Annual report of the Punjab Veterinary College and of the Civil Veterinary Department, Punjab - 1894-1908
Year: 1894
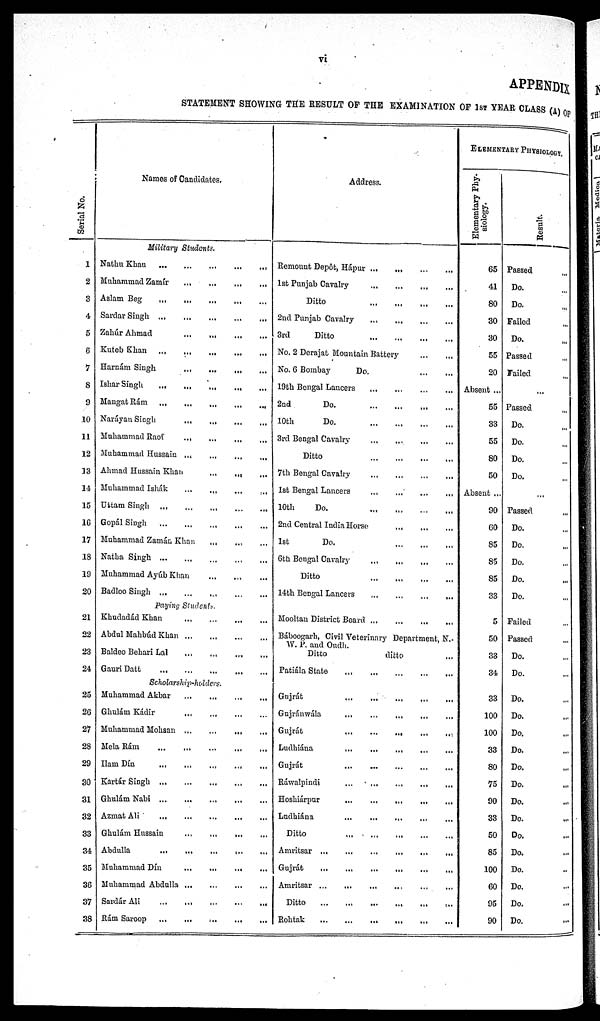
vi
APPENDIX
STATEMENT SHOWING THE RESULT OF THE EXAMINATION OF 1ST YEAR CLASS (A) OF
Serial No.
1
2
3
4
5
6
7
8
9
10
11
12
13
14
15
Names of Candidates.
Military Students.
Nathu
Khan
...
...
...
...
...
Muhammad Zamír
...
...
...
...
Aslam Beg
...
...
...
...
...
Sardar Singh
...
...
...
...
...
Zahúr Ahmad
...
...
...
...
Kuteb Khan
...
...
...
...
...
Harnám Singh
...
...
...
...
Ishar Singh
...
...
...
...
...
Mangat Rám
...
...
...
...
...
Naráyan Singh
...
...
...
...
Muhammad
Raof
...
...
...
...
Muhammad
Hussain
...
...
...
...
Ahmad Hussain Khan
...
...
...
Muhammad Ishák
...
...
...
...
Uttam Singh
...
...
...
...
...
16
17
18
19
20
21
22
23
24
25
26
27
28
29
30
31
32
33
34
35
36
37
38
Gopál Singh
...
...
...
...
...
Muhammad Zamán Khan ... ... ...
Natha Singh
...
...
...
...
...
Muhammad Ayúb Khan ... ... ...
Badloo Singh
...
...
...
...
...
Paying Students.
Khudadád Khan
...
...
...
...
Abdul Mahbúd Khan
...
...
...
...
Baldeo Behari Lal ... ... ... ...
Gauri Datt
...
...
...
...
...
Scholarship-holders.
Muhammad Akbar
...
...
...
...
Ghulám Kádir
...
...
...
...
Muhammad Mohsan
...
...
...
...
Mela Rám
...
...
...
...
...
Ilam
Dín
...
...
...
...
...
Kartár Singh
...
...
...
...
...
Ghulám Nabi
...
...
...
...
...
Azmat
Ali
...
...
...
...
...
Ghulám Hussain ... ... ... ...
Abdulla
...
...
...
...
...
Muhammad Dín
...
...
.....
Muhammad Abdulla
...
...
...
...
Sardár Ali
…
…
…
…
...
Rám Saroop
…
…
…
…
…
Address.
Remount Depôt, Hápur … … … …
1st Punjab Cavalry
...
...
...
...
Ditto
...
...
...
...
2nd Punjab Cavalry
…
…
…
…
3rd
Ditto
...
...
...
...
No. 2 Derajat Mountain Battery
…
…
No. 6 Bombay
Do.
...
...
19th Bengal Lancers
...
...
...
...
2nd
Do.
…
…
…
…
10th
Do.
...
...
...
...
3rd Bengal Cavalry
...
...
...
...
Ditto
...
...
...
...
7th Bengal Cavalry
...
...
...
...
1st Bengal Lancers
...
...
...
...
10th
Do.
...
...
...
...
2nd Central India Horse
...
...
...
1st
Do.
...
...
...
6th Bengal Cavalry
...
...
...
...
Ditto
...
...
...
...
14th Bengal Lancers
...
...
...
...
Mooltan District Board
…
…
…
…
Báboogarh, Civil Veterinary Department, N.-
W. P. and Oudh.
Ditto
ditto ...
Patiála State
...
...
...
...
...
Gujrát
...
...
...
...
...
Gujránwála
...
...
...
...
Gujrát
...
...
...
...
Ludhiána
...
...
...
...
Gujrát
...
...
...
...
Ráwalpindi
...
...
...
...
Hoshiárpur
...
...
...
...
Ludhiána ... ... ... ...
Ditto
...
...
...
...
...
Amritsar
...
...
...
...
...
...
Gujrát
...
...
...
...
...
Amritsar ...
...
...
...
...
...
Ditto
...
...
...
...
...
...
Rohtak
...
...
...
...
...
...
ELEMENTARY PHYSIOLOGY.
Elementary Phy-
siology.
65
41
80
30
30
55
20
Absent ...
55
33
55
80
50
Absent ...
90
60
85
85
85
33
5
50
33
34
33
100
100
33
80
75
90
33
50
85
100
60
95
90
Result.
Passed ...
Do. ...
Do. ...
Failed ...
Do. ...
Passed ...
Failed ...
...
Passed ...
Do. ...
Do. ...
Do. ...
Do. ...
...
Passed ...
Do. ...
Do. ...
Do. ...
Do. ...
Do. ...
Failed ...
Passed ...
Do. ...
Do. ...
Do. ...
Do. ...
Do. ...
Do. ...
Do. ...
Do. ...
Do. ...
Do. ...
Do. ...
Do. ...
Do. ...
Do. ...
Do. ...
Do. ...